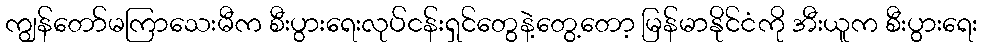
ကျွန်တော်မကြာသေးမီက စီးပွားရေးလုပ်ငန်းရှင်တွေနဲ့တွေ့တော့ မြန်မာနိုင်ငံကို အီးယူက စီးပွားရေး